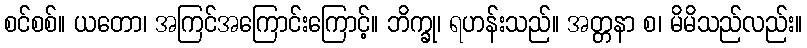
စင်စစ်။ ယတော၊ အကြင်အကြောင်းကြောင့်။ ဘိက္ခု၊ ရဟန်းသည်။ အတ္တနာ စ၊ မိမိသည်လည်း။